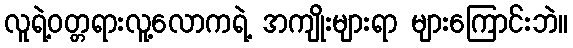
လူရဲ့ဝတ္တရားလူ့လောကရဲ့ အကျိုးများရာ များကြောင်းဘဲ။